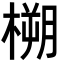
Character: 㮶